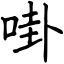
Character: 啩